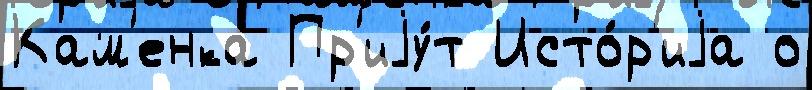
Кам'енка Пр'иjу́т Исто́р'иjа о